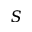
S